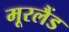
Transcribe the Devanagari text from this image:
मूरलैंड